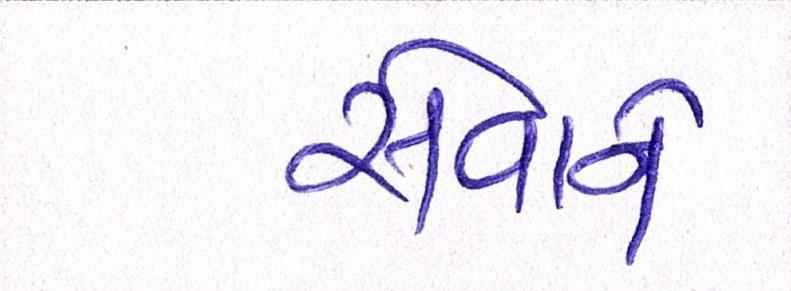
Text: સેવાને